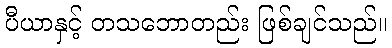
ပီယာနှင့် တသဘောတည်း ဖြစ်ချင်သည်။